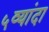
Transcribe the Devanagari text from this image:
५व्यांदा